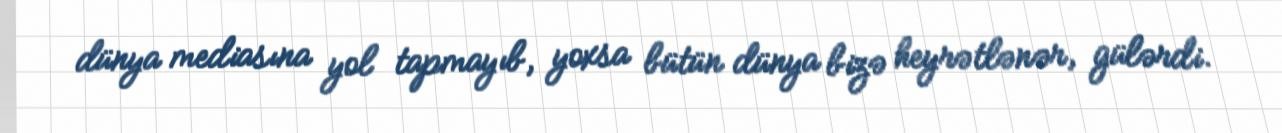
dünya mediasına yol tapmayıb, yoxsa bütün dünya bizə heyrətlənər, gülərdi.